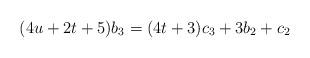
LaTeX: \begin{align*}& (4u+2t+5)b_3=(4t+3)c_3+3b_2+c_2\end{align*}